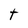
Character: t